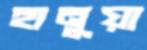
হানুয়া